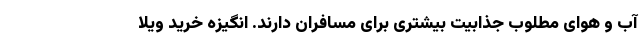
آب و هوای مطلوب جذابیت بیشتری برای مسافران دارند. انگیزه خرید ویلا